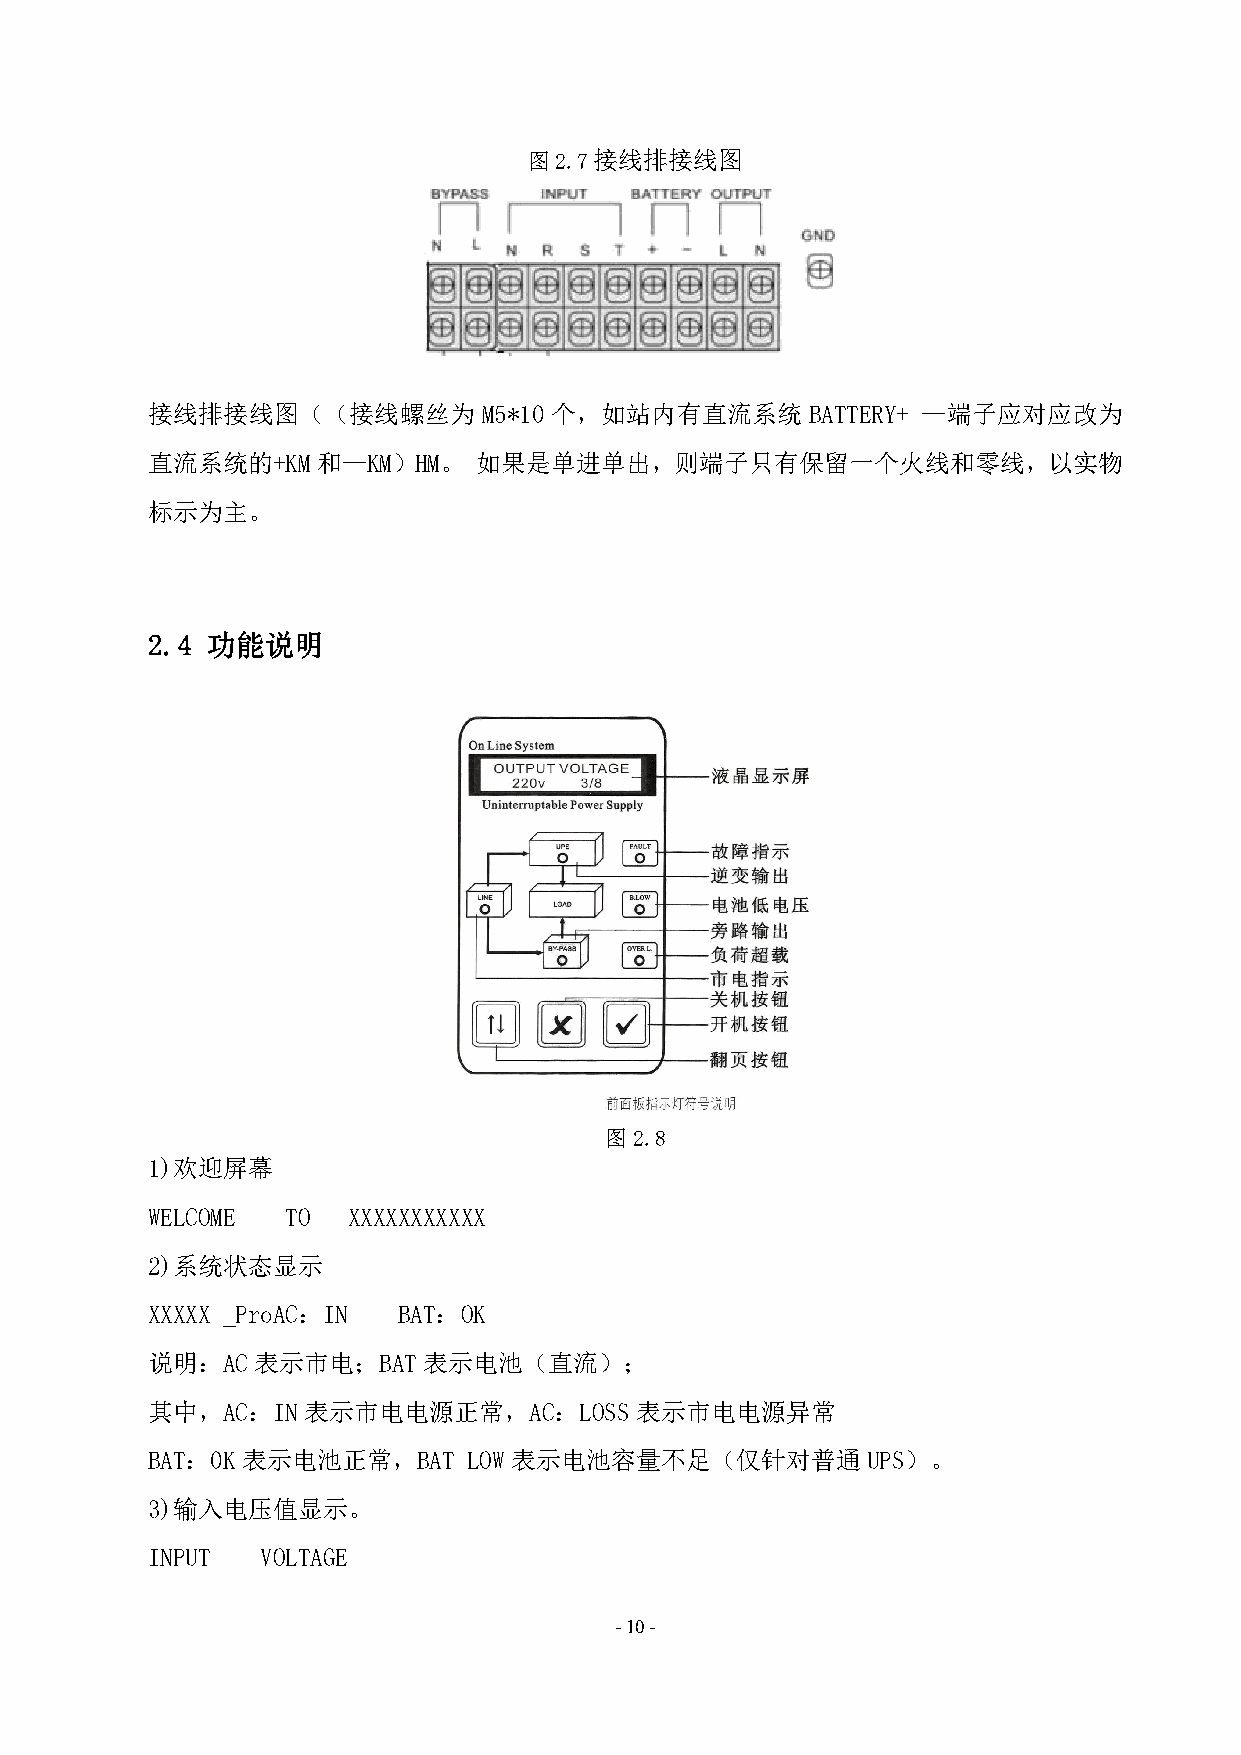
图2.7接线排接线图
 接线排接线图（（接线螺丝为         M5*10 个，如站内有直流系统      BATTERY+ —端子应对应改为
 直流系统的+KM和—KM）HM。     如果是单进单出，则端子只有保留一个火线和零线，以实物
 标示为主。
 2.4 功能说明
 图2.8
 1)欢迎屏幕
 WELCOME  TO  XXXXXXXXXXX
 2)系统状态显示
 XXXXX _ProAC：IN BAT：OK
 说明：AC表示市电；BAT表示电池（直流）；
 其中，AC：IN表示市电电源正常，AC：LOSS表示市电电源异常
 BAT：0K表示电池正常，BAT     LOW表示电池容量不足（仅针对普通UPS）。
 3)输入电压值显示。
 INPUT  VOLTAGE
 -10-